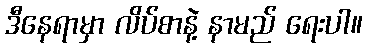
ဒီနေရာမှာ လိပ်စာနဲ့ နာမည် ရေးပါ။